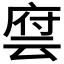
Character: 𬽂